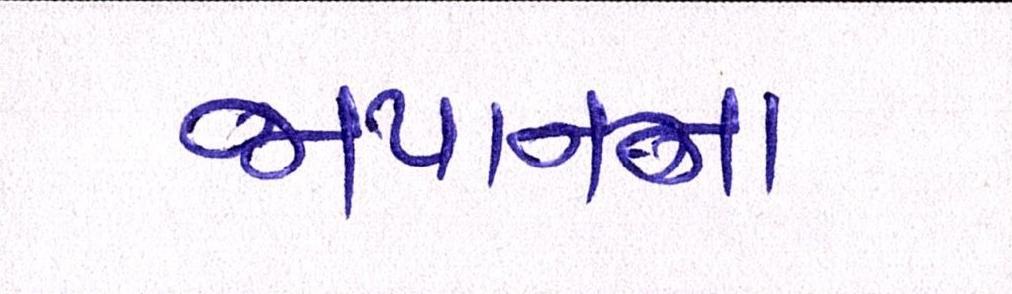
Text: જાપાનના